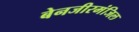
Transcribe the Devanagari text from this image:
बेनजीरमंजिल